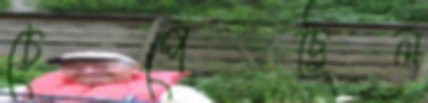
চেপেছিল